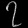
Digit: ၇